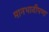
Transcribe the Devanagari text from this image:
मानभावीपणा